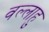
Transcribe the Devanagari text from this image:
वल्लाहु